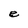
Character: e